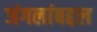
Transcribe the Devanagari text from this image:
जंगलांबद्दल